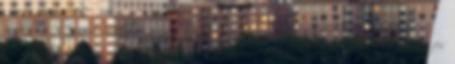
cookie-beállítások módosításának módjáról. Ugrás a tartalomhoz Vásárlás az összes